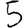
Digit: 5